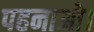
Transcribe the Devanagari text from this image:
पहनाओ।